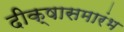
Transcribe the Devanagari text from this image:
दीक्षासमारंभ